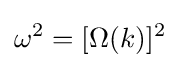
\omega ^{2}=[\Omega (k)]^{2}